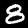
Digit: 8